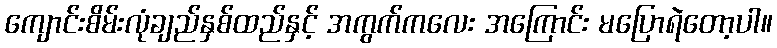
ကျောင်းစိမ်းလုံချည်နှစ်ထည်နှင့် အကွက်ကလေး အကြောင်း မပြောရဲတော့ပါ။